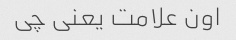
اون علامت یعنی چی